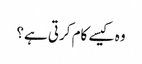
وہ کیسے کام کرتی ہے؟